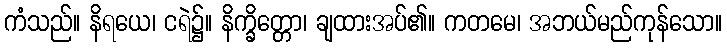
ကံသည်။ နိရယေ၊ ငရဲ၌။ နိက္ခိတ္တော၊ ချထားအပ်၏။ ကတမေ၊ အဘယ်မည်ကုန်သော။